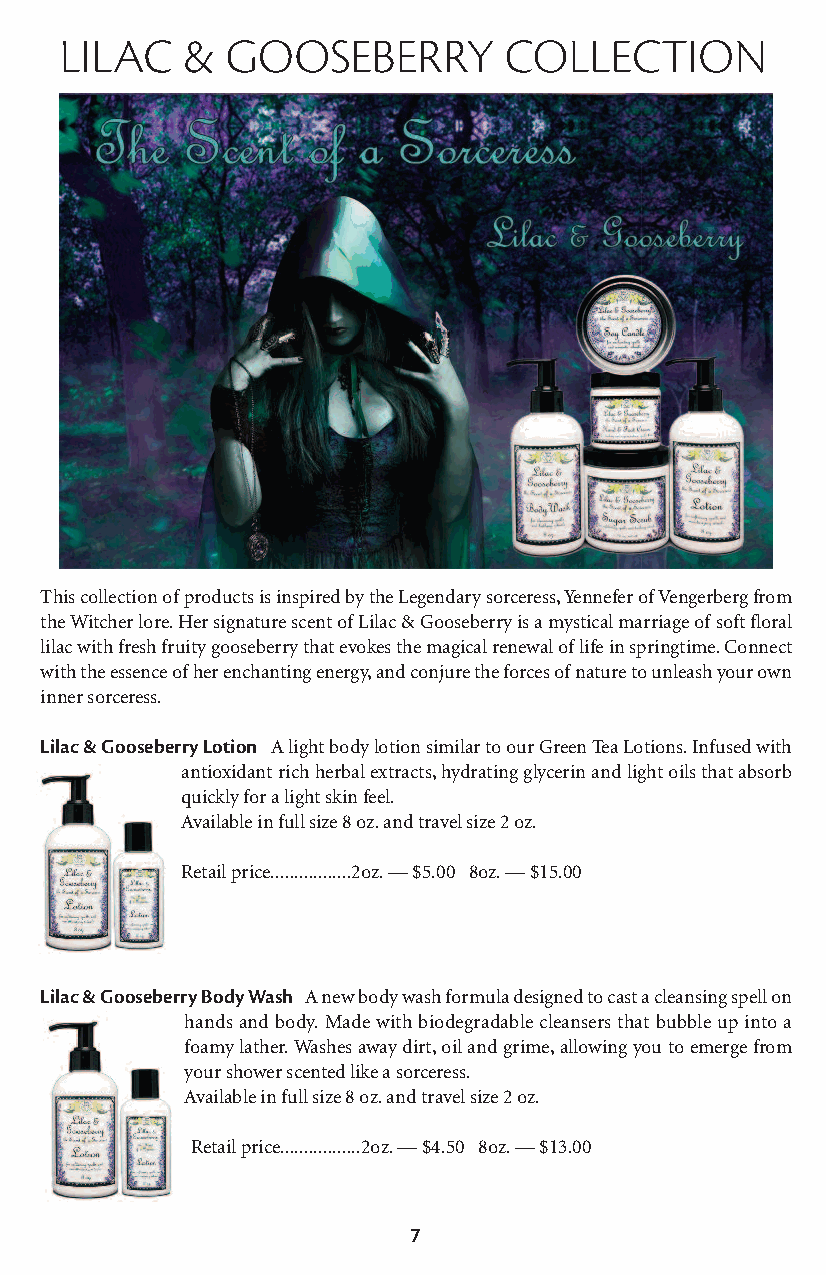
lilac   &  gooseberry        collection
 This collection of products is inspired by the Legendary sorceress, Yennefer of Vengerberg from
 the Witcher lore. Her signature scent of Lilac & Gooseberry is a mystical marriage of soft floral
 lilac with fresh fruity gooseberry that evokes the magical renewal of life in springtime. Connect
 with the essence of her enchanting energy, and conjure the forces of nature to unleash your own
 inner sorceress.
 Lilac & Gooseberry Lotion A light body lotion similar to our Green Tea Lotions. Infused with
 antioxidant rich herbal extracts, hydrating glycerin and light oils that absorb
 quickly for a light skin feel.
 Available in full size 8 oz. and travel size 2 oz.
 Retail price.................2oz. — $5.00 8oz. — $15.00
 Lilac & Gooseberry Body Wash A new body wash formula designed to cast a cleansing spell on
 hands and body. Made with biodegradable cleansers that bubble up into a
 foamy lather. Washes away dirt, oil and grime, allowing you to emerge from
 your shower scented like a sorceress.
 Available in full size 8 oz. and travel size 2 oz.
 Retail price.................2oz. — $4.50 8oz. — $13.00
 7